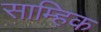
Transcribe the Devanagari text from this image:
साम्हिक